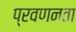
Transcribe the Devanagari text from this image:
प्रवणनता